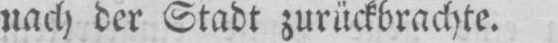
nach der Stadt zurückbrachte.